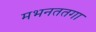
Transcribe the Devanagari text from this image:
मभनततगा